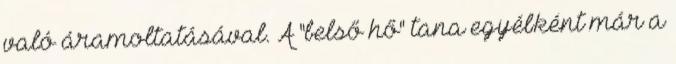
való áramoltatásával. A "belső hő" tana egyébként már a